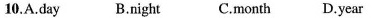
10.A.Day B.Night C.Month D.Year